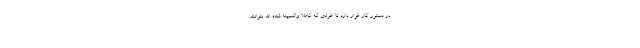
در دستور کار قرار دارد تا افرادی که کاملا واکسینه شده اند بتوانند